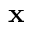
\bf { x }